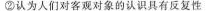
②认为人们对客观对象的认识具有反复性